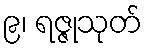
၉၊ ရဇ္ဇုသုတ်